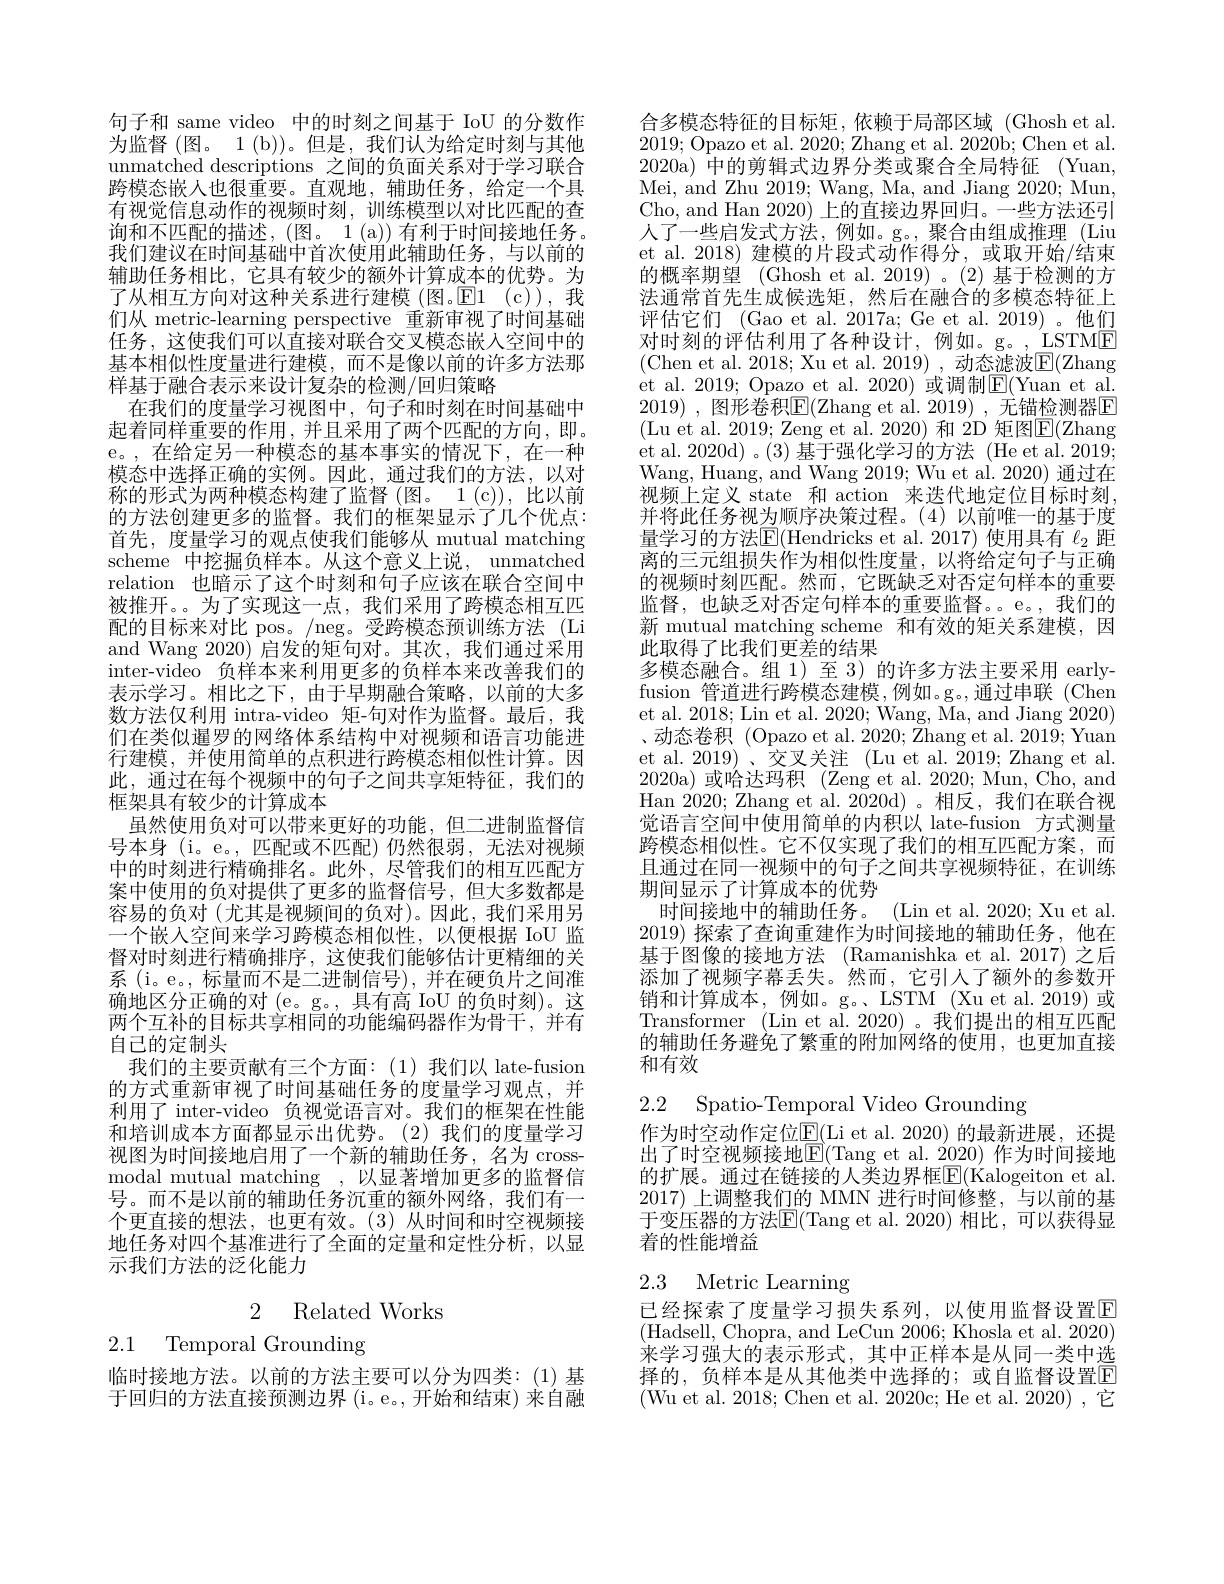
句子和 same video 中的时刻之间基于 IoU 的分数作为监督 (图。1 (b))。但是，我们认为给定时刻与其他unmatched descriptions 之间的负面关系对于学习联合跨模态嵌人也很重要。直观地，辅助任务，给定一个具有视觉信息动作的视频时刻，训练模型以对比匹配的查询和不匹配的描述，(图。1(a))有利于时间接地任务。我们建议在时间基础中首次使用此辅助任务，与以前的辅助任务相比，它具有较少的额外计算成本的优势。为了从相互方向对这种关系进行建模(图。E1(c)),我们从 metric-learning perspective 重新审视了时间基础任务，这使我们可以直接对联合交叉模态嵌入空间中的基本相似性度量进行建模，而不是像以前的许多方法那样基于融合表示来设计复杂的检测/回归策略
在我们的度量学习视图中，句子和时刻在时间基础中起着同样重要的作用，并且采用了两个匹配的方向，即。e。,在给定另一种模态的基本事实的情况下，在一种模态中选择正确的实例。因此，通过我们的方法，以对称的形式为两种模态构建了监督(图。1(c)),比以前的方法创建更多的监督。我们的框架显示了几个优点： 首先，度量学习的观点使我们能够从 mutual matching scheme 中挖掘负样本。从这个意义上说，unmatched relation 也暗示了这个时刻和句子应该在联合空间中被推开。。为了实现这一点，我们采用了跨模态相互匹配的目标来对比 pos。/neg。受跨模态预训练方法(Li and Wang 2020) 启发的矩句对。其次，我们通过采用inter-video 负样本来利用更多的负样本来改善我们的表示学习。相比之下，由于早期融合策略，以前的大多数方法仅利用 intra-video 矩-句对作为监督。最后，我们在类似暹罗的网络体系结构中对视频和语言功能进行建模，并使用简单的点积进行跨模态相似性计算。因此，通过在每个视频中的句子之间共享矩特征，我们的框架具有较少的计算成本
虽然使用负对可以带来更好的功能，但二进制监督信号本身 (i。e。, 匹配或不匹配)仍然很弱，无法对视频中的时刻进行精确排名。此外，尽管我们的相互匹配方案中使用的负对提供了更多的监督信号，但大多数都是容易的负对(尤其是视频间的负对)。因此，我们采用另一个嵌入空间来学习跨模态相似性，以便根据 IoU 监督对时刻进行精确排序，这使我们能够估计更精细的关系 (i。e。, 标量而不是二进制信号), 并在硬负片之间准确地区分正确的对(e。g。, 具有高 IoU 的负时刻)。这两个互补的目标共享相同的功能编码器作为骨干，并有自己的定制头
我们的主要贡献有三个方面：(1)我们以 late-fusion 的方式重新审视了时间基础任务的度量学习观点，并利用了 inter-video 负视觉语言对。我们的框架在性能和培训成本方面都显示出优势。(2)我们的度量学习视图为时间接地启用了一个新的辅助任务，名为 crossmodal mutual matching , 以显著增加更多的监督信号。而不是以前的辅助任务沉重的额外网络，我们有一个更直接的想法，也更有效。(3)从时间和时空视频接地任务对四个基准进行了全面的定量和定性分析，以显示我们方法的泛化能力

2 Related Works

2.1 Temporal Grounding

临时接地方法。以前的方法主要可以分为四类：(1)基于回归的方法直接预测边界(i。e。,开始和结束) 来自融

合多模态特征的目标矩，依赖于局部区域(Ghosh et al. 2019; Opazo et al. 2020; Zhang et al. 2020b; Chen et al. 2020a)中的剪辑式边界分类或聚合全局特征 (Yuan, Mei, and Zhu 2019; Wang, Ma, and Jiang 2020; Mun, Cho, and Han 2020) 上的直接边界回归。一些方法还引人了一些启发式方法，例如。g。,聚合由组成推理(Liu et al. 2018) 建模的片段式动作得分，或取开始/结束的概率期望 (Ghosh et al.2019)。(2)基于检测的方法通常首先生成候选矩，然后在融合的多模态特征上评估它们 (Gao et al. 2017a; Ge et al. 2019) 。他们对时刻的评估利用了各种设计，例如。g。,LSTME (Chen et al. 2018; Xu et al. 2019), 动态滤波$\overline{\mathrm{E}}($Zhang et al. 2019; Opazo et al. 2020) 或调制$\underline{\mathrm{E}}($Yuan et al. 2019) ,图形卷积$\boxed{\mathrm{F}}($Zhang et al.2019) ,无锚检测器$\mathbb{E}$ (Lu et al. 2019; Zeng et al. 2020) 和 2D 矩图$\overline{\mathrm{E}}($Zhang et al. 2020d) 。(3) 基于强化学习的方法 (He et al. 2019; Wang, Huang, and Wang 2019; Wu et al. 2020) 通过在视频上定义 state 和 action 来迭代地定位目标时刻， 并将此任务视为顺序决策过程。(4)以前唯一的基于度量学习的方法E(Hendricks et al.2017)使用具有 $\ell_2$ 距离的三元组损失作为相似性度量，以将给定句子与正确的视频时刻匹配。然而，它既缺乏对否定句样本的重要监督，也缺乏对否定句样本的重要监督。e。,我们的新 mutual matching scheme 和有效的矩关系建模，因此取得了比我们更差的结果
多模态融合。组 1)至 3) 的许多方法主要采用 earlyfusion 管道进行跨模态建模，例如。g。,通过串联 (Chen et al. 2018; Lin et al. 2020; Wang, Ma, and Jiang 2020) 、动态卷积 (Opazo et al. 2020; Zhang et al. 2019; Yuan et al. 2019)、交叉关注(Lu et al. 2019; Zhang et al. 2020a)或哈达玛积 $( Zeng et al. 2020; Mun, Cho, and$ Han 2020; Zhang et al. 2020d)。相反，我们在联合视觉语言空间中使用简单的内积以 late-fusion 方式测量跨模态相似性。它不仅实现了我们的相互匹配方案，而且通过在同一视频中的句子之间共享视频特征，在训练期间显示了计算成本的优势
时间接地中的辅助任务。(Lin et al. 2020; Xu et al. 2019)探索了查询重建作为时间接地的辅助任务，他在基于图像的接地方法 (Ramanishka et al.2017) 之后添加了视频字幕丢失。然而，它引人了额外的参数开销和计算成本，例如。g。、LSTM (Xu et al.2019)或Transformer (Lin et al. 2020)。我们提出的相互匹配的辅助任务避免了繁重的附加网络的使用，也更加直接和有效
2.2 Spatio-Temporal Video Grounding

作为时空动作定位$\underline{\mathrm{E}}($Li et al. 2020)的最新进展，还提出了时空视频接地$\boxed{\mathrm{F}}($Tang et al. 2020)作为时间接地的扩展。通过在链接的人类边界框$\boxed{\mathrm{F}}($Kalogeiton et al. 2017)上调整我们的 MMN 进行时间修整，与以前的基于变压器的方法$\boxed{\mathrm{E}}($Tang et al.2020)相比，可以获得显示着的性能增益

## 2.3 Metric Learning

已经探索了度量学习损失系列，以使用监督设置$\overline{\mathrm{E}}$ (Hadsell, Chopra, and LeCun 2006; Khosla et al. 2020) 来学习强大的表示形式，其中正样本是从同一类中选择的，负样本是从其他类中选择的；或自监督设置$\overline{\mathrm{E}}$ (Wu et al. 2018; Chen et al. 2020c; He et al. 2020), 它